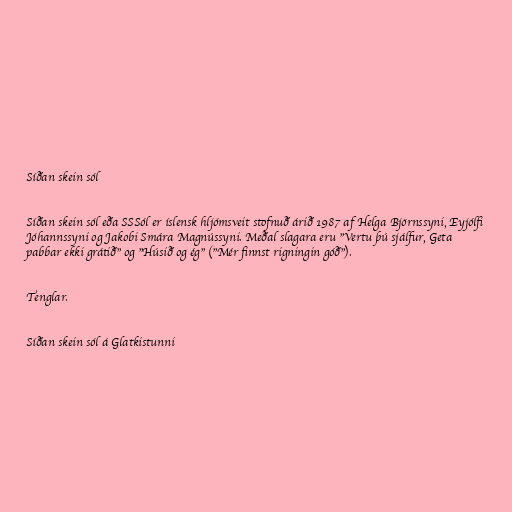
Síðan skein sól

Síðan skein sól eða SSSól er íslensk hljómsveit stofnuð árið 1987 af Helga Björnssyni, Eyjólfi
Jóhannssyni og Jakobi Smára Magnússyni. Meðal slagara eru "Vertu þú sjálfur, Geta
pabbar ekki grátið" og "Húsið og ég" ("Mér finnst rigningin góð").

Tenglar.

Síðan skein sól á Glatkistunni